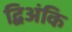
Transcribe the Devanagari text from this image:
द्विअंकि